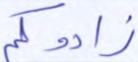
زادوكم